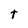
Character: t